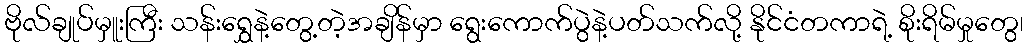
ဗိုလ်ချုပ်မှူးကြီး သန်းရွှေနဲ့တွေ့တဲ့အချိန်မှာ ရွေးကောက်ပွဲနဲ့ပတ်သက်လို့ နိုင်ငံတကာရဲ့ စိုးရိမ်မှုတွေ၊